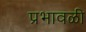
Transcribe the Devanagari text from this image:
प्रभावळी